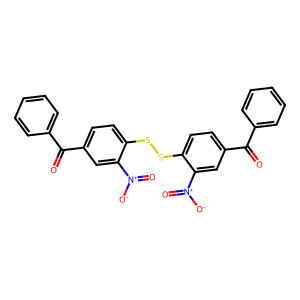
SMILES: O=C(c1ccccc1)c1ccc(SSc2ccc(C(=O)c3ccccc3)cc2[N+](=O)[O-])c([N+](=O)[O-])c1
Inhibits HIV replication: No